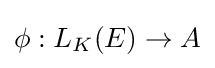
\phi :L_{K}(E)\to A